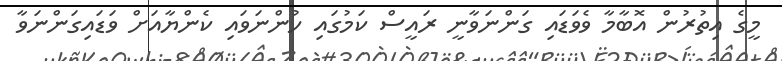
މީގެ އިތުރުން އޮބާމާ ވެވަޑައި ގަންނަވާނީ ރައީސް ކަމުގައި ހުންނަވައި ކެންޔާއަށް ވަޑައިގަންނަވާ